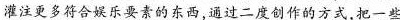
灌注更多符合娱乐要素的东西,通过二度创作的方式.把一些